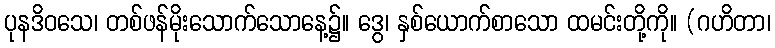
ပုနဒိဝသေ၊ တစ်ဖန်မိုးသောက်သောနေ့၌။ ဒွေ၊ နှစ်ယောက်စာသော ထမင်းတို့ကို။ (ဂဟိတာ၊